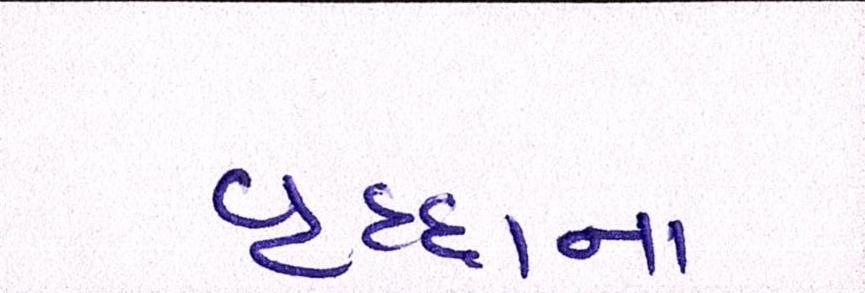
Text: વૃદ્ધાના